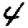
Digit: 4